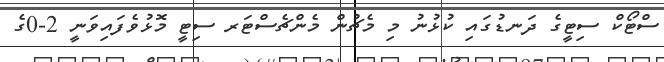
ސްޓޯކް ސިޓީގެ ދަނޑުގައި ކުޅުނު މި މެޗުން މެންޗެސްޓަރ ސިޓީ މޮޅުވެފައިވަނީ 2-0ގެ